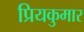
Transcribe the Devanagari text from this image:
प्रियकुमार